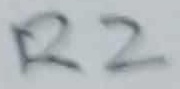
Text: R2